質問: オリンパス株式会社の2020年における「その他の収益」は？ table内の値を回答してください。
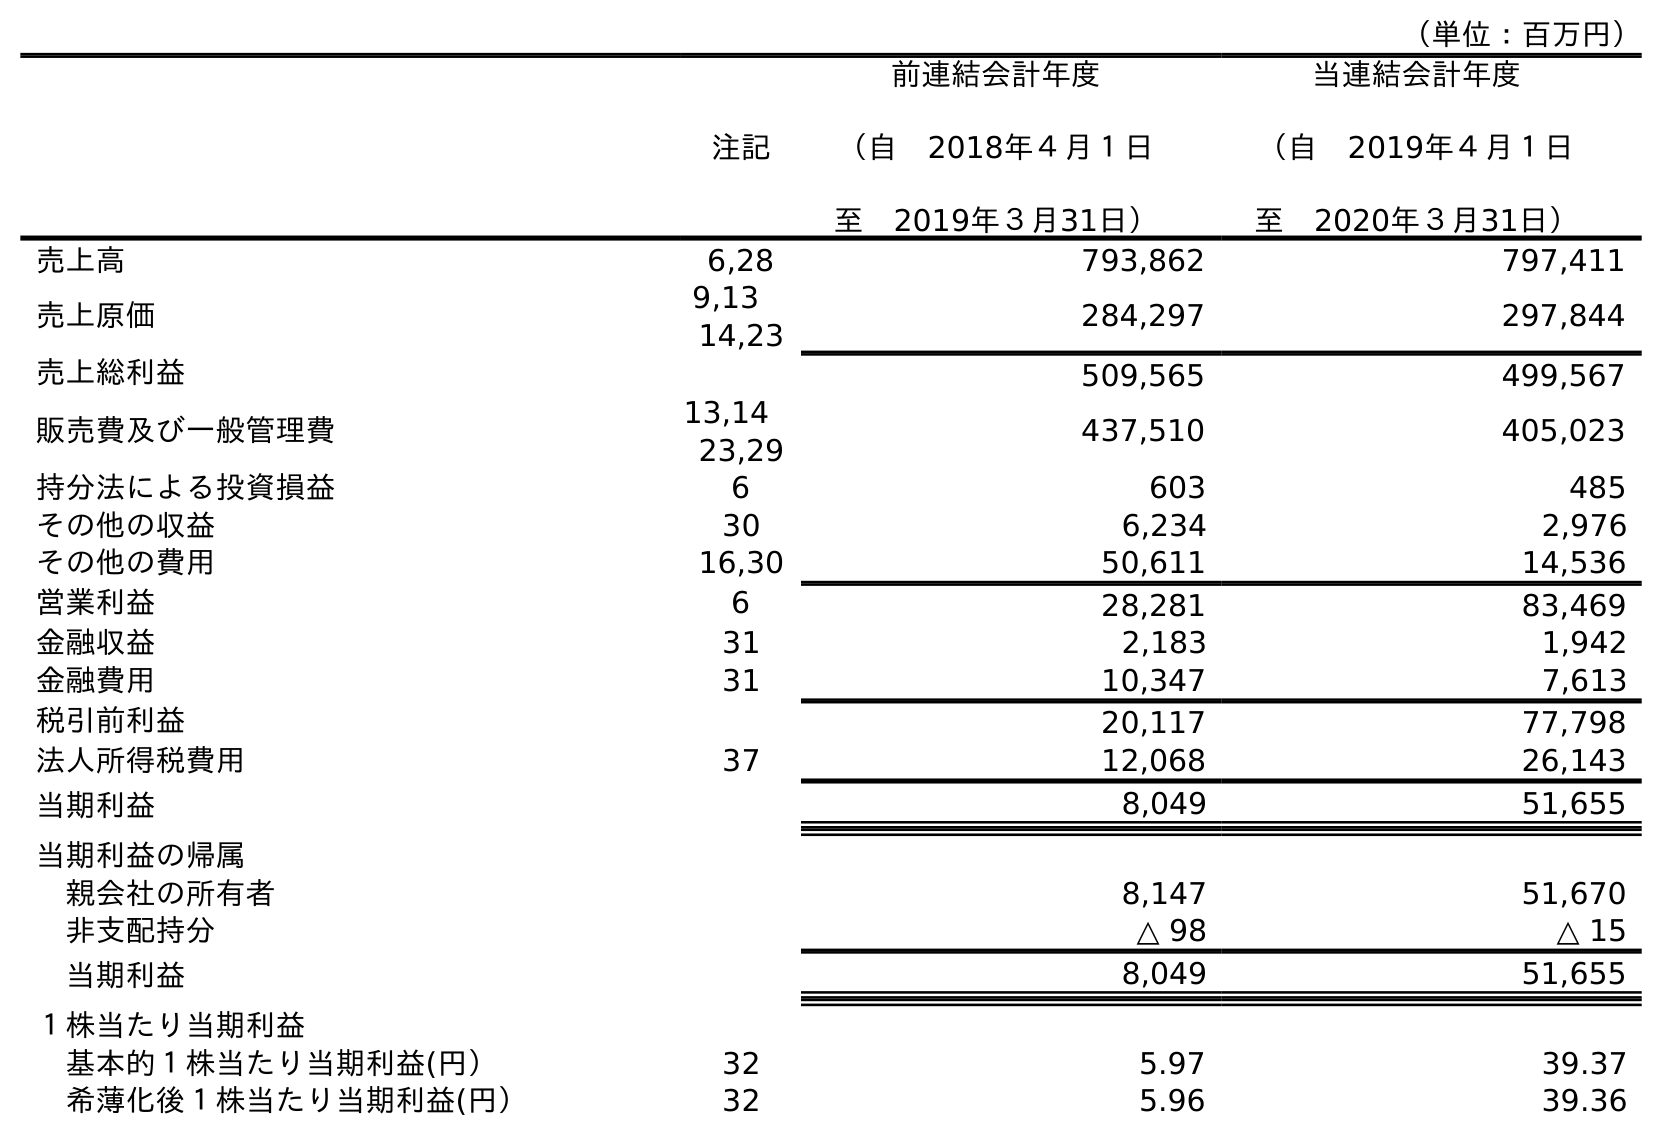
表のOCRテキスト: （単位：百万円） 注記 前連結会計年度 （自 2018年４月１日 至 2019年３月31日） 当連結会計年度 （自 2019年４月１日 至 2020年３月31日） 売上高 6,28 793,862 797,411 売上原価 9,13  14,23 284,297 297,844 売上総利益 509,565 499,567 販売費及び一般管理費 13,14  23,29 437,510 405,023 持分法による投資損益 6 603 485 その他の収益 30 6,234 2,976 その他の費用 16,30 50,611 14,536 営業利益 6 28,281 83,469 金融収益 31 2,183 1,942 金融費用 31 10,347 7,613 税引前利益 20,117 77,798 法人所得税費用 37 12,068 26,143 当期利益 8,049 51,655 当期利益の帰属 親会社の所有者 8,147 51,670 非支配持分 △ 98 △ 15 当期利益 8,049 51,655 １株当たり当期利益 基本的１株当たり当期利益(円） 32 5.97 39.37 希薄化後１株当たり当期利益(円） 32 5.96 39.36
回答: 2,976